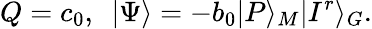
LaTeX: Q=c_{0},\ \ |\Psi\rangle=-b_{0}|P\rangle_{M}|I^{r}\rangle_{G}.